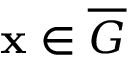
\mathbf { x } \in \overline { { G } }